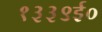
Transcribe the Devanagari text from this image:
१३३९ई०